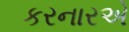
કરનારએ